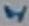
Text: 1